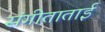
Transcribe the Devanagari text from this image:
संगीताताई